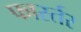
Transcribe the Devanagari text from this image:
फार्स्तर